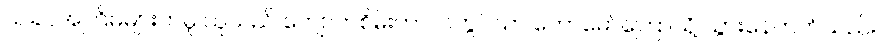
ယခင်အကြိမ်များကမူ သူသည် ကျောက်စိမ်းကာလတွင်သာ တောမော်ကြောသို့ သွားနေတတ်သည်။